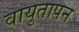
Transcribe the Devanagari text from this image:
वायुतापन